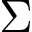
\Sigma